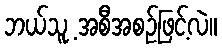
ဘယ်သူ့ အစီအစဉ်ဖြင့်လဲ။